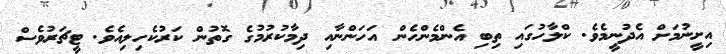
އިށީނުމަށް އެދުނީމެވެ. ކްލާހުގައި ތިބި އެންމެންހެން އަހަންނާއި ދިމާކުރުމުގެ ގޮތުން ކަރުކެހިލިއެވެ. ޓީޗަރުވެސް